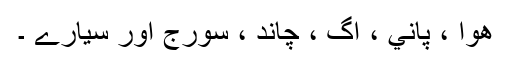
ھوا ، پاني ، آگ ، چاند ، سورج اور سيارے ۔